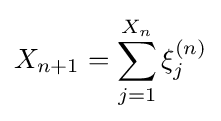
X_{n+1}=\sum _{j=1}^{X_{n}}\xi _{j}^{(n)}